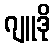
ဂျူဒို